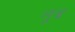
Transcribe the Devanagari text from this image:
लूब्र